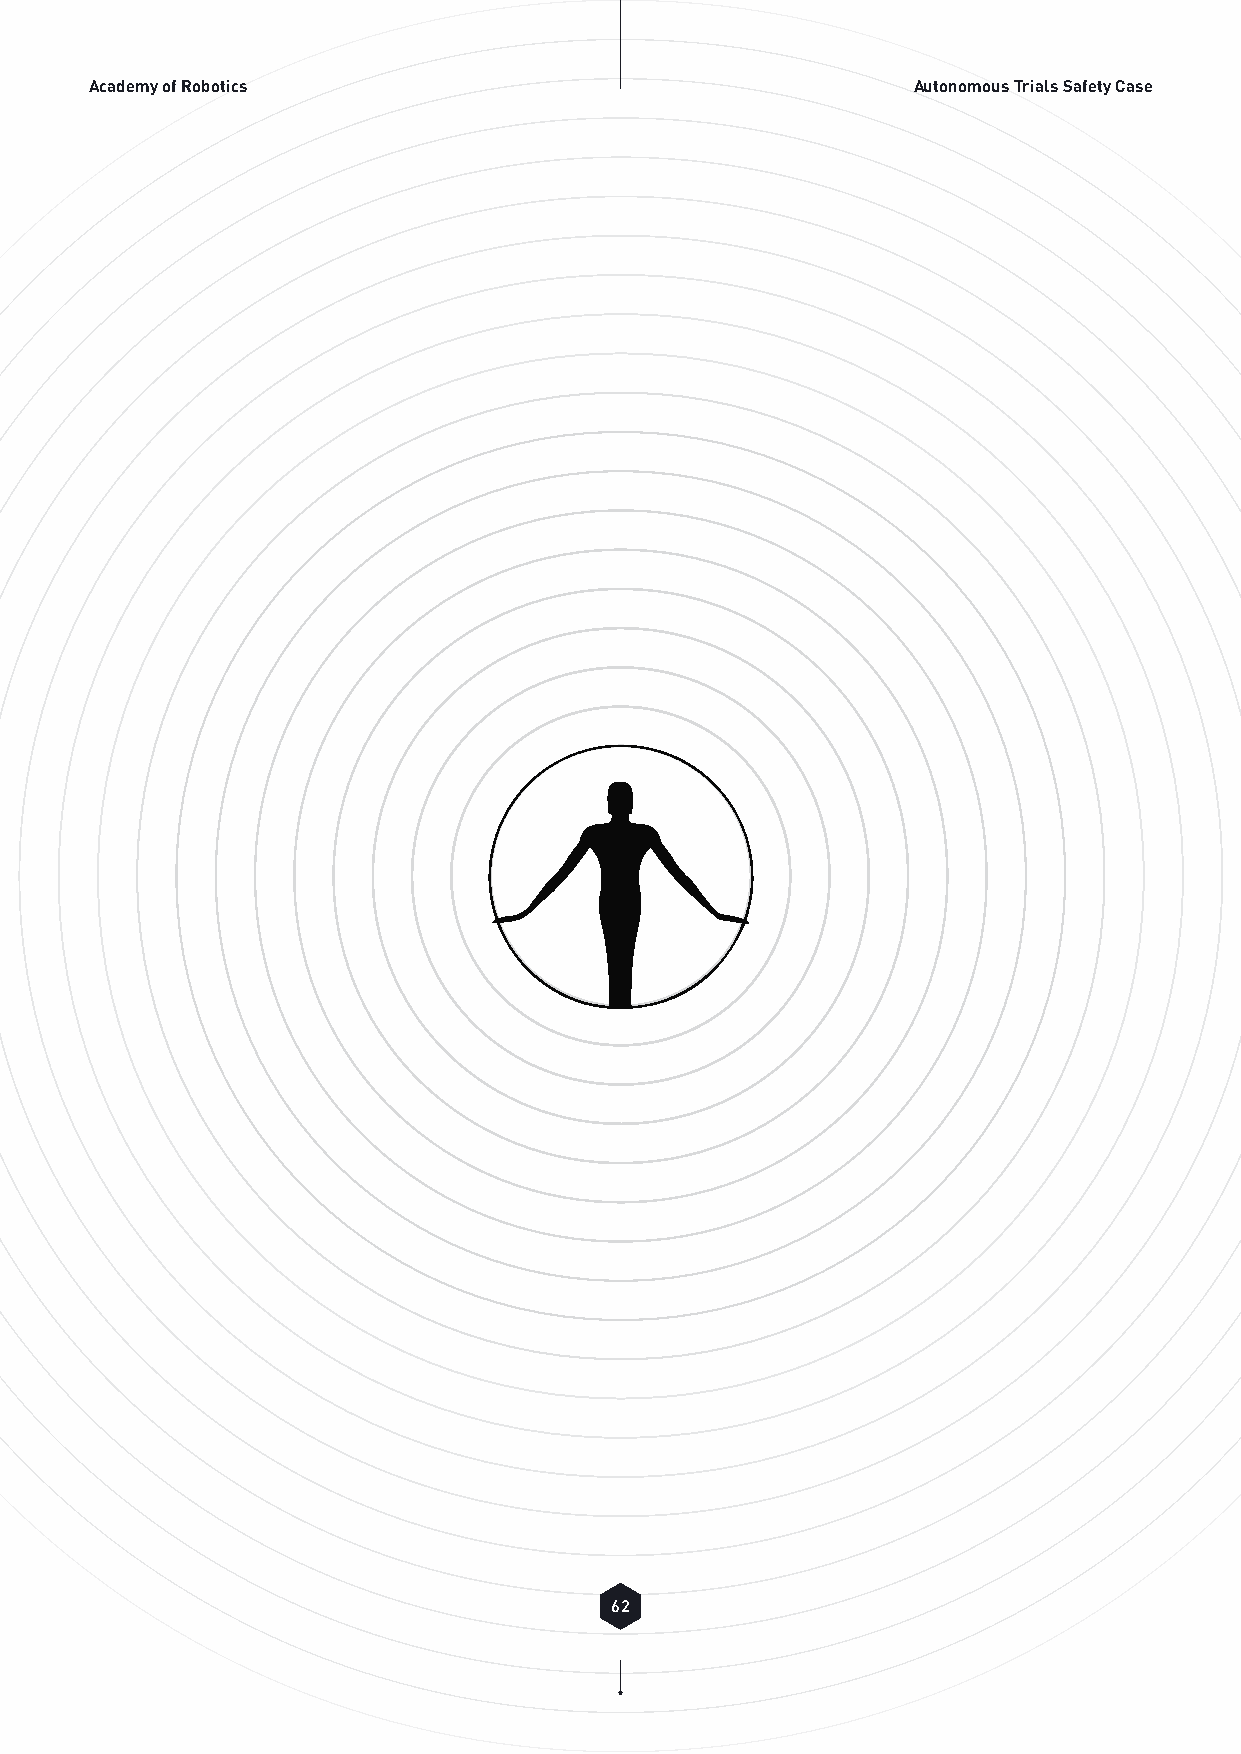
Academy of Robotics                                   Autonomous Trials Safety Case
 62